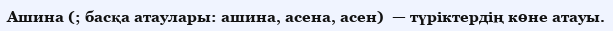
Ашина (; басқа атаулары: ашина, асена, асен)  — түріктердің көне атауы.